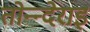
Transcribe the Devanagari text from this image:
तोन्न्देराइ